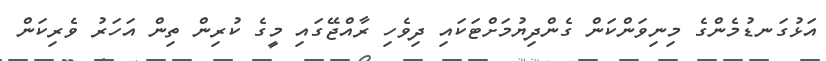
އަޅުގަނޑުމެންގެ މިނިވަންކަން ގެންދިޔުމަށްޓަކައި ދިވެހި ރާއްޖޭގައި މީގެ ކުރިން ތިން އަހަރު ވެރިކަން